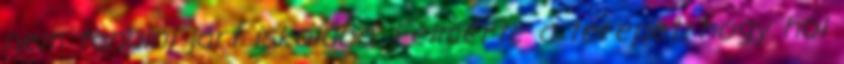
nem tanulni járt iskolába. Felmérte a terepet, hogy hol